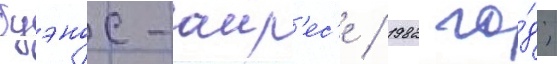
буэнос-аир'ес'е / 1982 го́д;